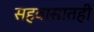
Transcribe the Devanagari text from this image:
सहवासातही